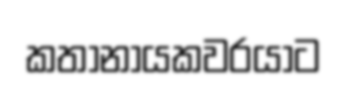
කතානායකවරයාට